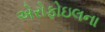
એરોફોઇલના